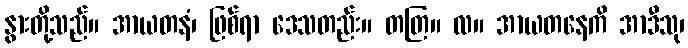
နွားတို့သည်။ အာယတနံ၊ ဖြစ်ရာ ဒေသတည်း။ တတြ။ လ။ အာယတနေကိ အာဒီသု၊